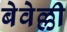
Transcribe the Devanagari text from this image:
बेवेल्ली